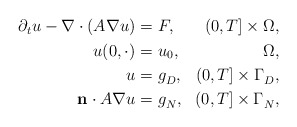
\begin{align*} \begin{aligned}\partial_t u -\nabla\cdot (A\nabla u)=&\ F, & (0,T] \times \Omega, \\u(0,\cdot) =&\ u_0, \, & \Omega, \\ u= &\ g_D^{}, & (0,T] \times \Gamma_D^{},\\\mathbf{n}\cdot A\nabla u= &\ g_N^{}, & (0,T] \times \Gamma_N^{},\end{aligned}\end{align*}